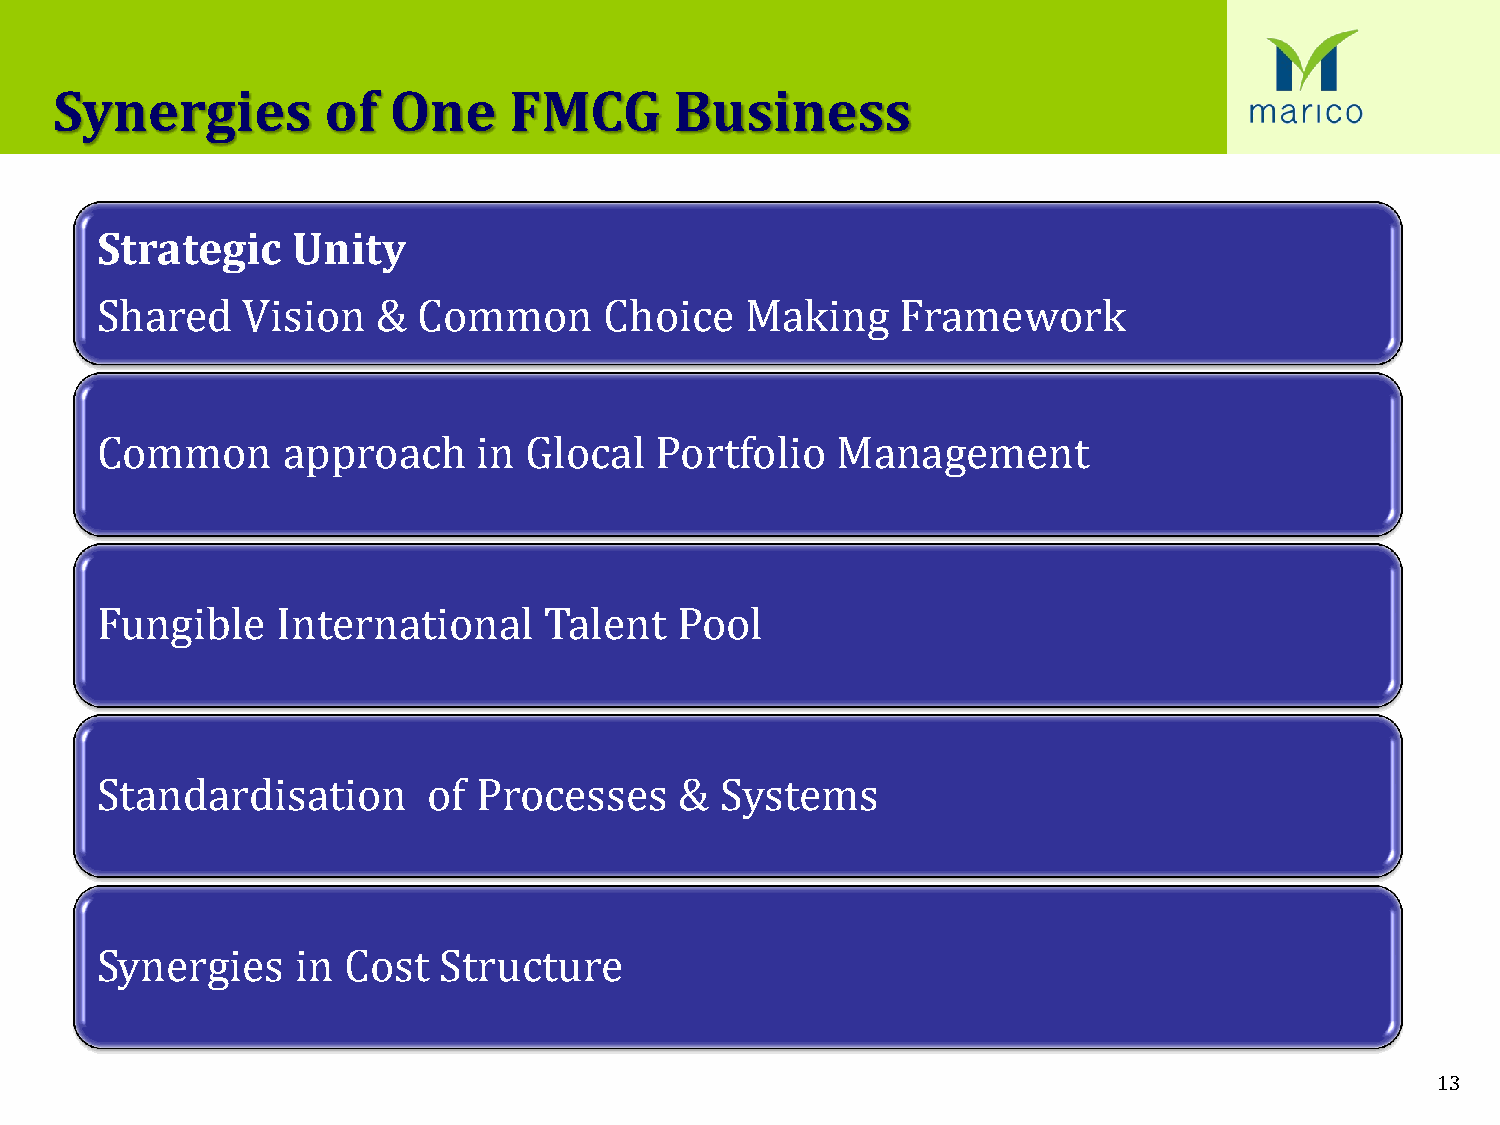
Synergies        of   One     FMCG       Business
 Strategic    Unity
 Shared    Vision   &  Common      Choice   Making     Framework
 Common       approach     in Glocal  Portfolio   Management
 Fungible    International     Talent   Pool
 Standardisation       of  Processes    &  Systems
 Synergies     in Cost  Structure
 13